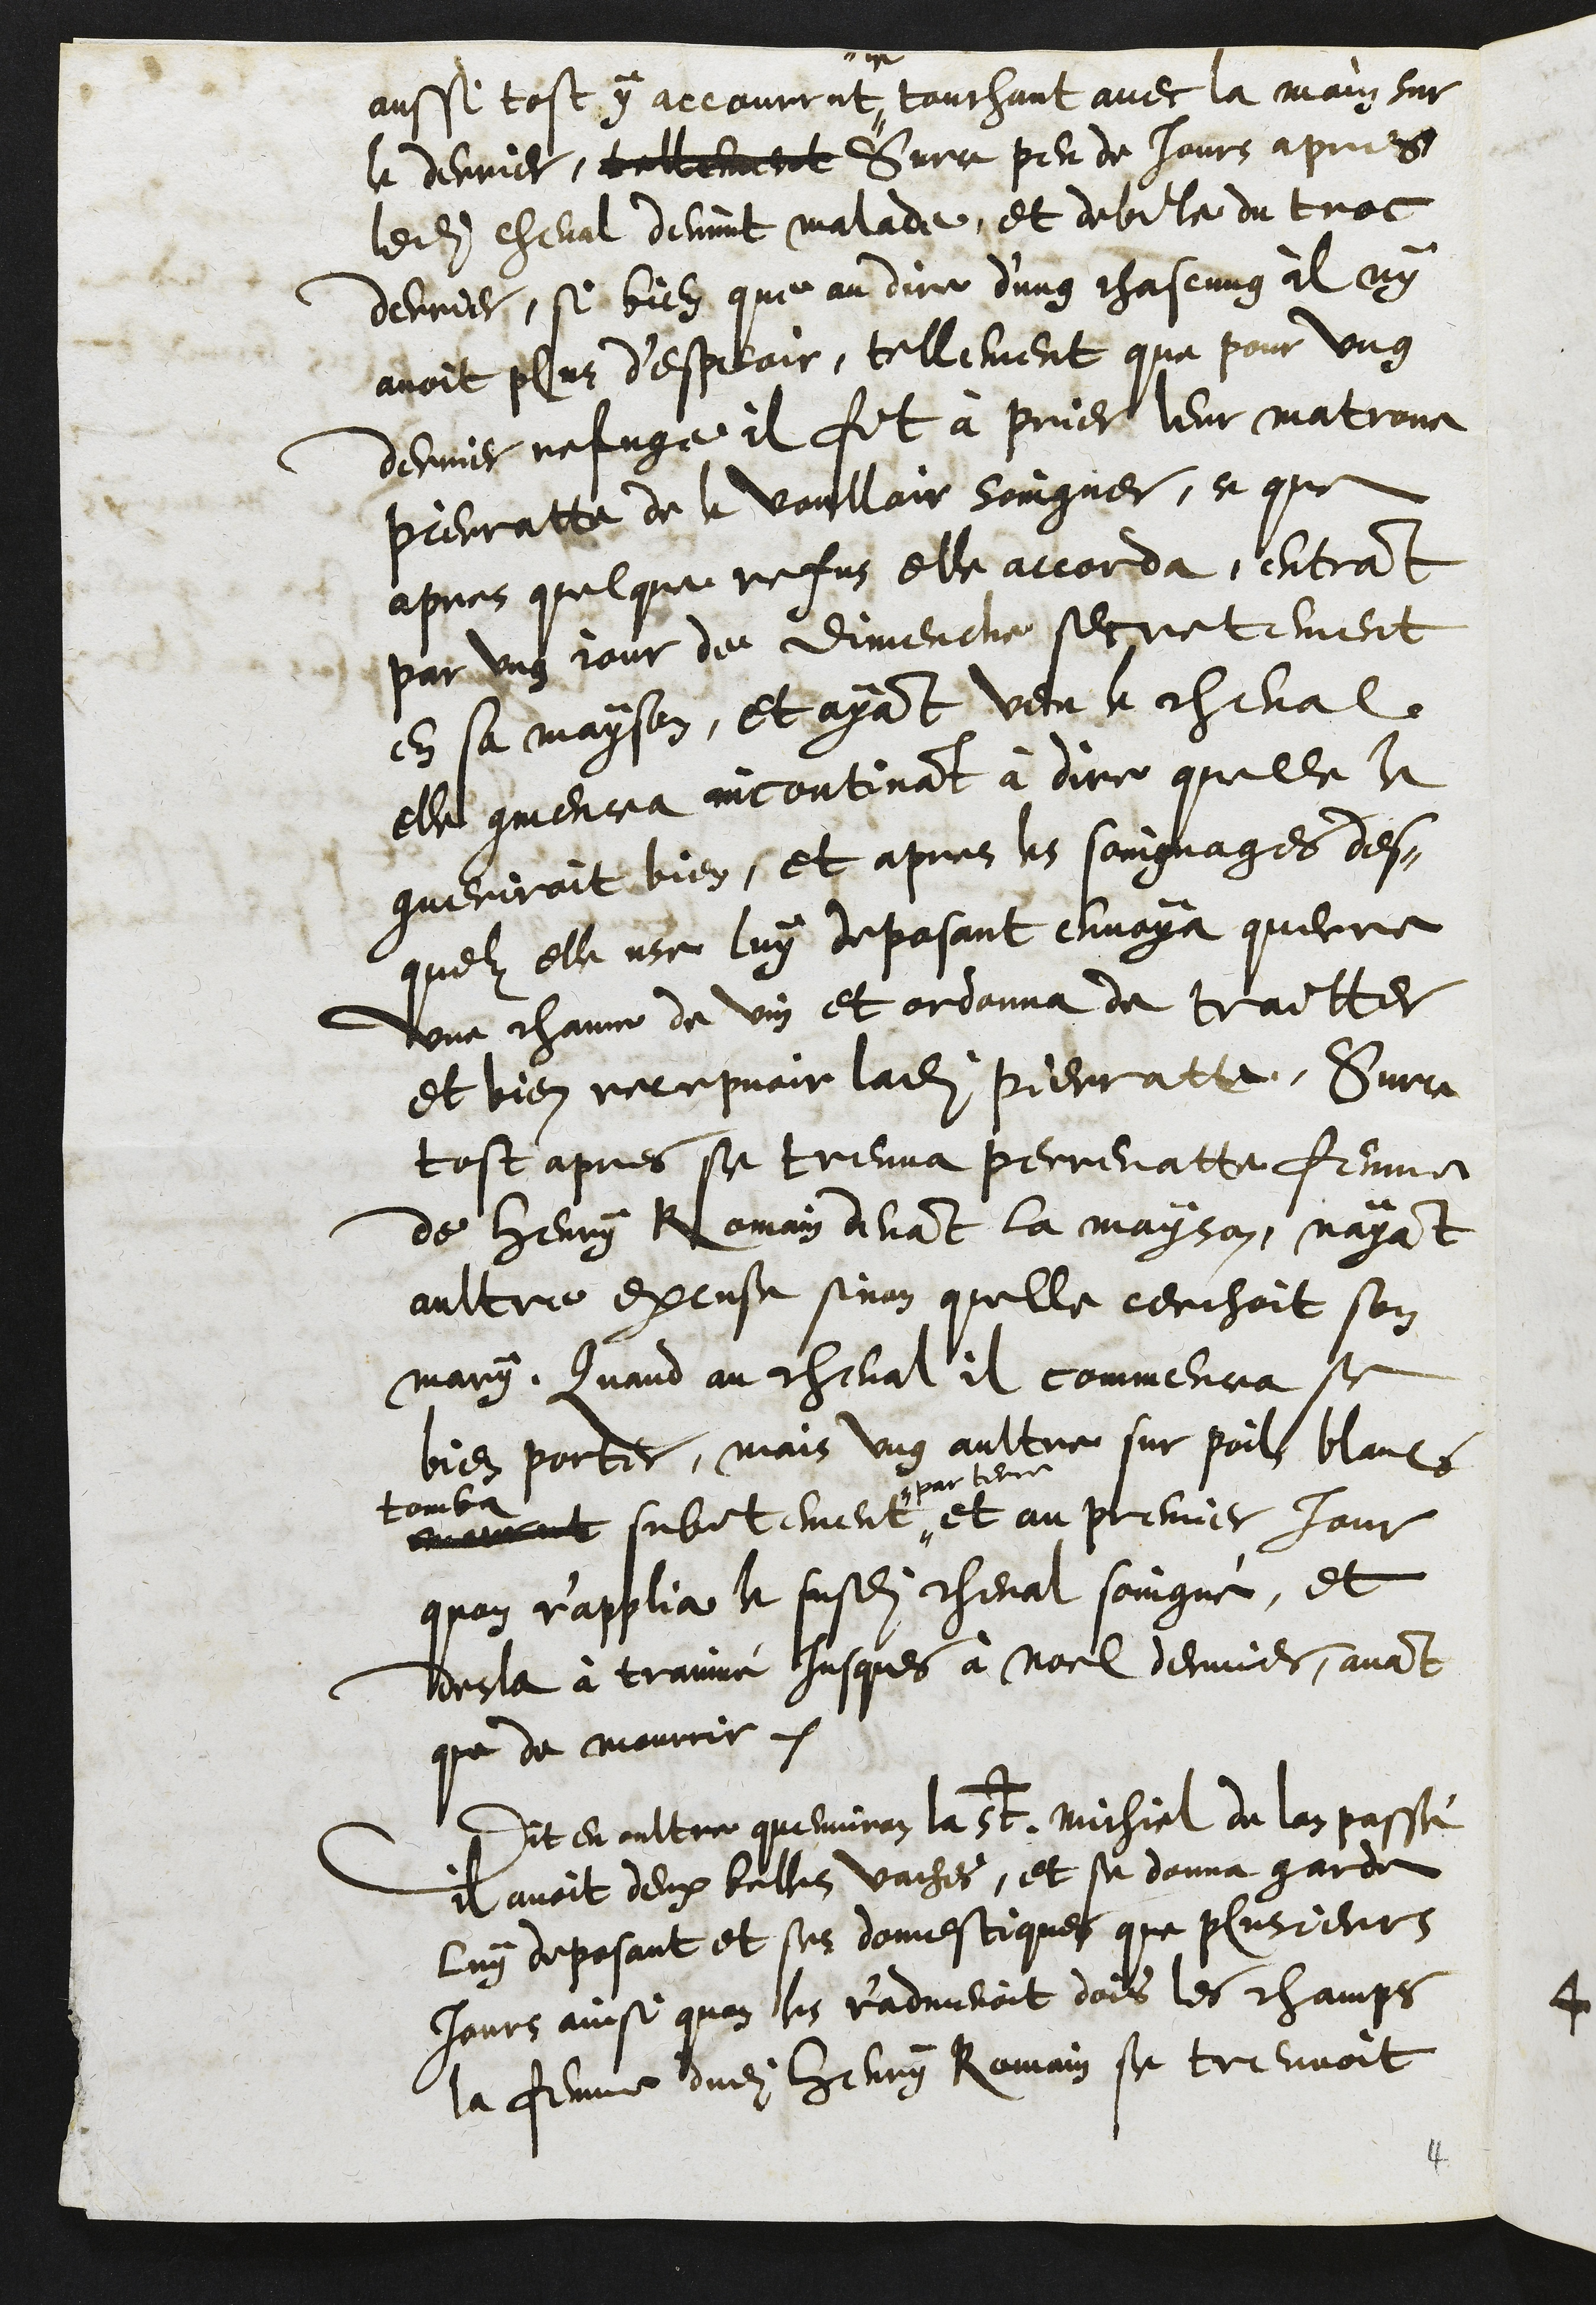
aussi tost y accourrut, touchant avec la main sur
le derrier, tellement Surce peu de jours apres
ledit cheval devint malade, et debile du troc
derrier, si bien que au dire d'ung chascung il ny
avoit plus d'espoir, tellement que pour ung
dernier refuge il fit à prier leur matrone
Pierratte de le voulloir soingner, ce que
apres quelque refus elle accorda, entrant
par ung jour de dimenche secretement
en sa mayson, et ayant veu le cheval
elle commencea incontinant à dire quelle le
gueriroit bien et apres les soingnages des-
quelz elle usa luy deposant envoya querre
une channe de vin et ordonna de traitter
et bien recepvoir ladite Pierratte. Surce
tost apres se treuva Perrenatte femme
de Henry Romain devant la mayson, nayant
aultre excuse sinon quelle cerchoit son
mary, Quand au cheval il commencea se
bien porter, mais ung aultre sur poil blancs
tomba
mourut subitement
par terre
et au premier jour
quon r'applia le susdit cheval soingné, et
desla à trainné jusques à Noel dernier, avant
que de mourrir.
Dit en oultre quenviron la St Michiel de lan passé
il avoit deux belles vaches, et se donna garde
luy deposant et ses domestiques que plusieurs
jours ainsi quon les r'admenoit dois les champs
la femme dudit Henry Romain se treuvoit

4